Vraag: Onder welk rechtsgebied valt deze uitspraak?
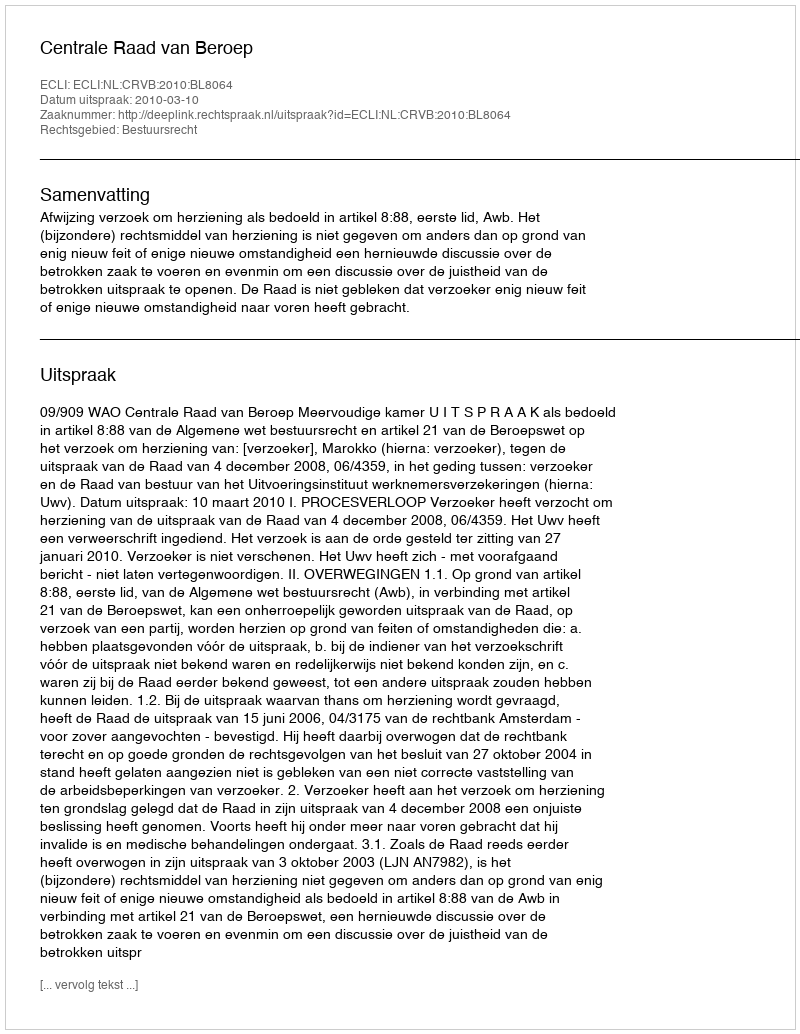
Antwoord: Bestuursrecht